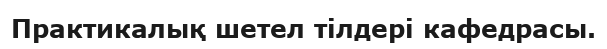
Практикалық шетел тілдері кафедрасы.